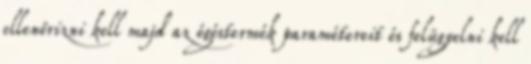
ellenőrizni kell majd az égéstermék paramétereit és felügyelni kell